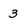
Character: 3